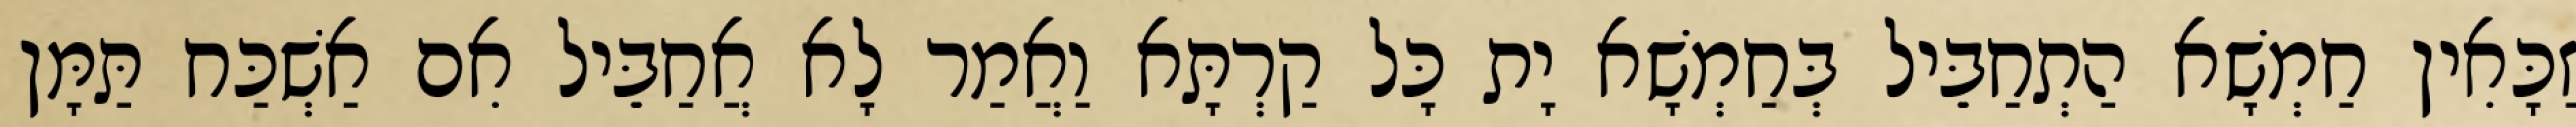
זַכָּאִין חַמְשָׁא הַתְחַבֵּיל בְּחַמְשָׁא יָת כָּל קַרְתָּא וַאֲמַר לָא אֲחַבֵּיל אִם אַשְׁכַּח תַּמָּן